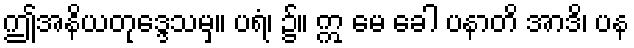
ဤအနိယတုဒ္ဒေသမှ။ ပရံ၊ ၌။ ဣ မေ ခေါ ပနာတိ အာဒိ၊ ပန